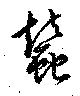
蚕